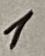
Text: 1